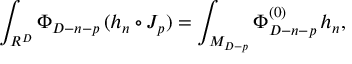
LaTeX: \int _ { R ^ { D } } \Phi _ { D - n - p } \, ( h _ { n } \circ J _ { p } ) = \int _ { M _ { D - p } } \Phi _ { D - n - p } ^ { ( 0 ) } \, h _ { n } ,